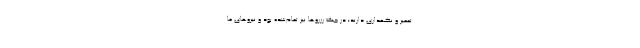
تعمیر و نگهداری دارند؛ در جنگ رزروها نیز تمام‌شده بود و نیروهای ما